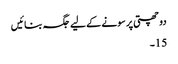
دو چھتی پر سونے کے لیے جگہ بنائیں
15۔